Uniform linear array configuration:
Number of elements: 32
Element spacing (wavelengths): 0.25
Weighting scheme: binomial
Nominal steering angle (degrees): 30
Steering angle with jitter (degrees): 29.262
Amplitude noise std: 0.05
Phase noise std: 0.05

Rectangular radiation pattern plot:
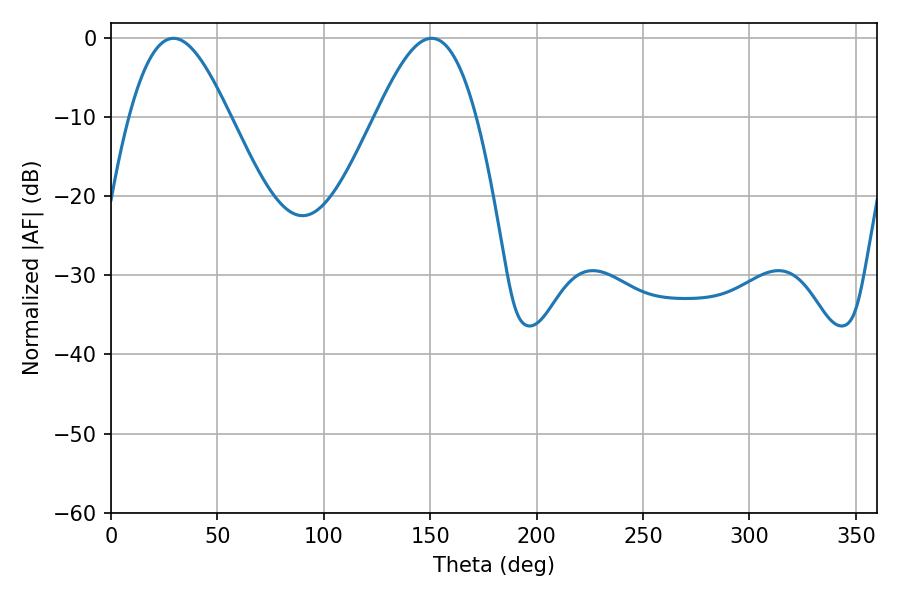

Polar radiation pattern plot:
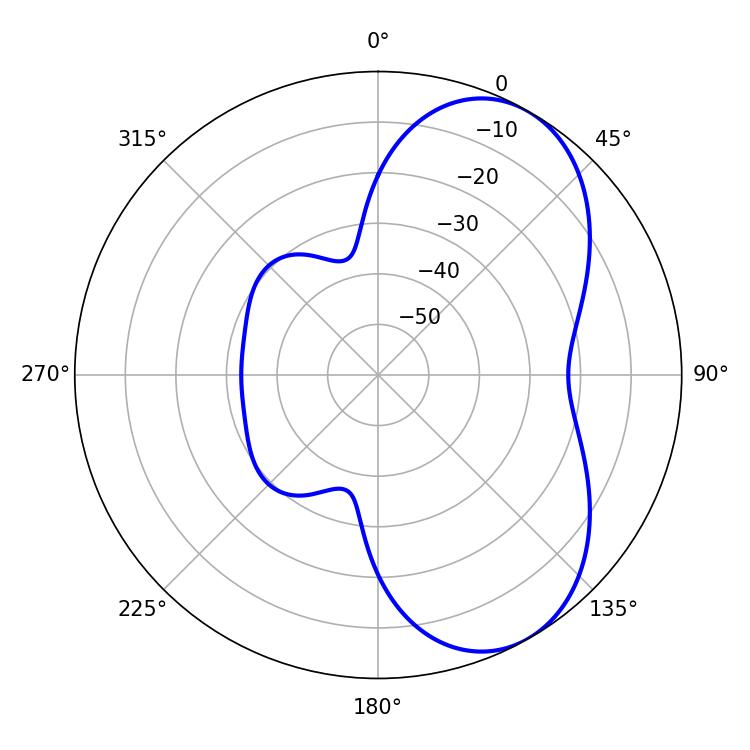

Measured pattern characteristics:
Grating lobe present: FALSE
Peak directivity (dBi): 6.047
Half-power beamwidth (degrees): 25.38
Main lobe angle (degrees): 29.34